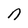
Character: n